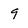
Character: 9